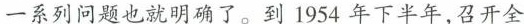
一系列问题也就明确了。到1954年下半年，召开全